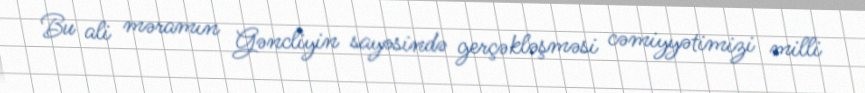
Bu ali məramın Gəncliyin sayəsində gerçəkləşməsi cəmiyyətimizi milli